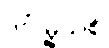
ဒဂုံမြို့သစ်